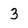
Character: 3